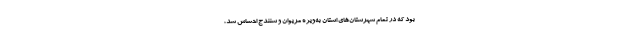
بود که در تمام شهرستان‌های استان به‌ویژه مریوان و سنندج احساس شد،